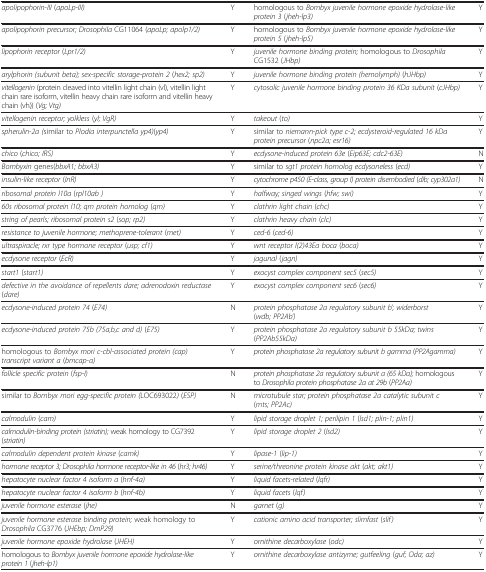
<table><thead></thead><tbody><tr><td><i>apolipophorin-III</i> (<i>apoLp-III)</i></td><td>Y</td><td>homologous to <i>Bombyx juvenile hormone epoxidehydrolase-like protein 3</i> (<i>jheh-lp3)</i></td><td>Y</td></tr><tr><td><i>apolipophorin precursor; Drosophila</i> CG11064(<i>apoLp; apolp1/2)</i></td><td>Y</td><td>homologous to <i>Bombyx juvenile hormone epoxidehydrolase-like protein 5</i> (<i>jheh-lp5)</i></td><td>Y</td></tr><tr><td><i>lipophorin receptor</i> (<i>Lpr1/2)</i></td><td>Y</td><td><i>juvenile hormone binding protein;</i> homologous to<i>Drosophila</i> CG1532 (<i>JHbp)</i></td><td>Y</td></tr><tr><td><i>arylphorin (subunit beta); sex-specific storage-protein2</i> (<i>hex2; sp2)</i></td><td>Y</td><td><i>juvenile hormone binding protein (hemolymph)</i>(<i>hJHbp)</i></td><td>Y</td></tr><tr><td><i>vitellogenin</i> (protein cleaved into vitellin lightchain (vl), vitellin light chain rare isoform, vitellinheavy chain rare isoform and vitellin heavy chain (vh))(<i>Vg; Vtg)</i></td><td>Y</td><td><i>cytosolic juvenile hormone binding protein 36 KDasubunit</i> (<i>cJHbp)</i></td><td>Y</td></tr><tr><td><i>vitellogenin receptor; yolkless</i> (<i>yl; VgR)</i></td><td>Y</td><td><i>takeout</i> (<i>to)</i></td><td>Y</td></tr><tr><td><i>spherulin-2a (</i>similar to <i>Plodia interpunctellayp4)</i>(<i>yp4)</i></td><td>Y</td><td>similar to <i>niemann-pick type c-2; ecdysteroid-regulated16 kDa protein precursor</i> (<i>npc2a; esr16)</i></td><td>Y</td></tr><tr><td><i>chico</i> (<i>chico; IRS)</i></td><td>Y</td><td><i>ecdysone-induced protein 63e</i> (<i>Eip63E;cdc2-63E)</i></td><td>N</td></tr><tr><td><i>Bombyxin</i> genes(<i>bbxA1; bbxA3)</i></td><td>Y</td><td>similar to <i>sgt1 protein homolog ecdysoneless</i>(<i>ecd)</i></td><td>Y</td></tr><tr><td><i>insulin-like receptor</i> (<i>InR)</i></td><td>Y</td><td><i>cytochrome p450 (E-class, group I) proteindisembodied</i> (<i>dib; cyp302a1)</i></td><td>N</td></tr><tr><td><i>ribosomal protein l10a</i> (<i>rpl10ab )</i></td><td>Y</td><td><i>halfway; singed wings</i> (<i>hfw; swi)</i></td><td>Y</td></tr><tr><td><i>60s ribosomal protein l10; qm protein homolog</i>(<i>qm)</i></td><td>Y</td><td><i>clathrin light chain</i> (<i>chc)</i></td><td>Y</td></tr><tr><td><i>string of pearls; ribosomal protein s2</i> (<i>sop;rp2)</i></td><td>Y</td><td><i>clathrin heavy chain</i> (<i>clc)</i></td><td>Y</td></tr><tr><td><i>resistance to juvenile hormone; methoprene-tolerant</i>(<i>met)</i></td><td>Y</td><td><i>ced-6</i> (<i>ced-6)</i></td><td>Y</td></tr><tr><td><i>ultraspiracle; rxr type hormone receptor</i> (<i>usp;cf1)</i></td><td>Y</td><td><i>wnt receptor l(2)43Ea boca</i> (<i>boca)</i></td><td>Y</td></tr><tr><td><i>ecdysone receptor</i> (<i>EcR)</i></td><td>Y</td><td><i>jagunal</i> (<i>jagn)</i></td><td>Y</td></tr><tr><td><i>start1</i> (<i>start1)</i></td><td>Y</td><td><i>exocyst complex component sec5</i> (<i>sec5)</i></td><td>Y</td></tr><tr><td><i>defective in the avoidance of repellents dare;adrenodoxin reductase</i> (<i>dare)</i></td><td>Y</td><td><i>exocyst complex component sec6</i> (<i>sec6)</i></td><td>Y</td></tr><tr><td><i>ecdysone-induced protein 74</i> (<i>E74)</i></td><td>N</td><td><i>protein phosphatase 2a regulatory subunit b’;widerborst</i> (<i>wdb; PP2Ab’)</i></td><td>Y</td></tr><tr><td><i>ecdysone-induced protein 75b (75a,b,c and d)</i>(<i>E75)</i></td><td>Y</td><td><i>protein phosphatase 2a regulatory subunit b 55kDa;twins</i> (<i>PP2Ab55kDa)</i></td><td>Y</td></tr><tr><td>homologous to <i>Bombyx mori c-cbl-associated protein (cap)transcript variant a</i> (<i>bmcap-a)</i></td><td>Y</td><td><i>protein phosphatase 2a regulatory subunit b gamma</i>(<i>PP2Agamma)</i></td><td>Y</td></tr><tr><td><i>follicle specific protein</i> (<i>fsp-I)</i></td><td>N</td><td><i>protein phosphatase 2a regulatory subunit a (65kDa);</i> homologous to <i>Drosophila proteinphosphatase 2a at 29b</i> (<i>PP2Aa)</i></td><td>Y</td></tr><tr><td>similar to <i>Bombyx mori egg-specific protein(</i>LOC693022<i>)</i> (<i>ESP)</i></td><td>N</td><td><i>microtubule star; protein phosphatase 2a catalyticsubunit c</i> (<i>mts; PP2Ac)</i></td><td>Y</td></tr><tr><td><i>calmodulin</i> (<i>cam)</i></td><td>Y</td><td><i>lipid storage droplet 1; perilipin 1</i> (<i>lsd1;plin-1; plin1)</i></td><td>Y</td></tr><tr><td><i>calmodulin-binding protein (striatin);</i> weakhomology to CG7392 (<i>striatin)</i></td><td>Y</td><td><i>lipid storage droplet 2</i> (<i>lsd2)</i></td><td>Y</td></tr><tr><td><i>calmodulin dependent protein kinase</i> (<i>camk)</i></td><td>Y</td><td><i>lipase-1</i> (<i>lip-1)</i></td><td>Y</td></tr><tr><td><i>hormone receptor 3; Drosophila hormone receptor-like in46</i> (<i>hr3; hr46)</i></td><td>Y</td><td><i>serine/threonine protein kinase akt</i> (<i>akt;akt1)</i></td><td>Y</td></tr><tr><td><i>hepatocyte nuclear factor 4 isoform a</i>(<i>hnf-4a)</i></td><td>Y</td><td><i>liquid facets-related</i> (<i>lqfr)</i></td><td>Y</td></tr><tr><td><i>hepatocyte nuclear factor 4 isoform b</i>(<i>hnf-4b)</i></td><td>Y</td><td><i>liquid facets</i> (<i>lqf)</i></td><td>Y</td></tr><tr><td><i>juvenile hormone esterase</i> (<i>jhe)</i></td><td>N</td><td><i>garnet</i> (<i>g)</i></td><td>Y</td></tr><tr><td><i>juvenile hormone esterase binding protein;</i> weakhomology to <i>Drosophila</i> CG3776 (<i>JHEbp;DmP29)</i></td><td>Y</td><td><i>cationic amino acid transporter; slimfast</i>(<i>slif)</i></td><td>Y</td></tr><tr><td><i>juvenile hormone epoxide hydrolase</i> (<i>JHEH)</i></td><td>Y</td><td><i>ornithine decarboxylase</i> (<i>odc)</i></td><td>Y</td></tr><tr><td>homologous to <i>Bombyx juvenile hormone epoxidehydrolase-like protein 1</i> (<i>jheh-lp1)</i></td><td>Y</td><td><i>ornithine decarboxylase antizyme; gutfeeling</i>(<i>guf; Oda; az)</i></td><td>Y</td></tr></tbody></table>